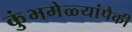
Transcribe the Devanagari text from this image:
कुंभमेळ्यांपैकी